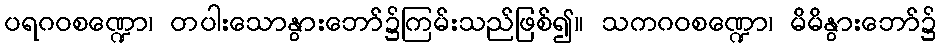
ပရဂဝစဏ္ဍော၊ တပါးသောနွားဘော်၌ကြမ်းသည်ဖြစ်၍။ သကဂဝစဏ္ဍော၊ မိမိနွားဘော်၌